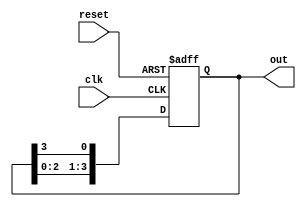
module ring_counter #(
    parameter N = 4  // Number of flip-flops (states)
)(
    input wire clk,       // Clock signal
    input wire reset,     // Asynchronous reset signal
    output reg [N-1:0] out // Output representing the current state
);

// Initial state
initial begin
    out = 1'b1; // Set the first flip-flop to '1' and others to '0'
end

// Always block for the ring counter operation
always @(posedge clk or posedge reset) begin
    if (reset) begin
        out <= 1'b1; // Reset to initial state
    end else begin
        out <= {out[N-2:0], out[N-1]}; // Shift the '1' to the next flip-flop
    end
end

endmodule